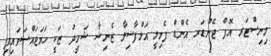
މިނިސްޓަރ އޮފް ޖެންޑަރ އެންޑް ފެމިލީ އަލްފާޟިލާ ޒެނިޝާ ޝަހީދު ޒަކީ ހަމަޖައްސަވައިފި